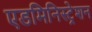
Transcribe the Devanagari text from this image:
एडमिनिस्‍ट्रेशन